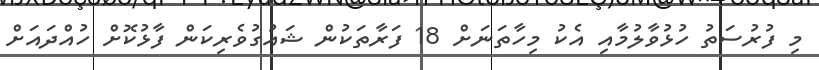
މި ފުރުސަތު ހުޅުވާލުމާއި އެކު މިހާތަނަށް 18 ފަރާތަކުން ޝައުގުވެރިކަން ފާޅުކޮށް ހުއްދައަށް